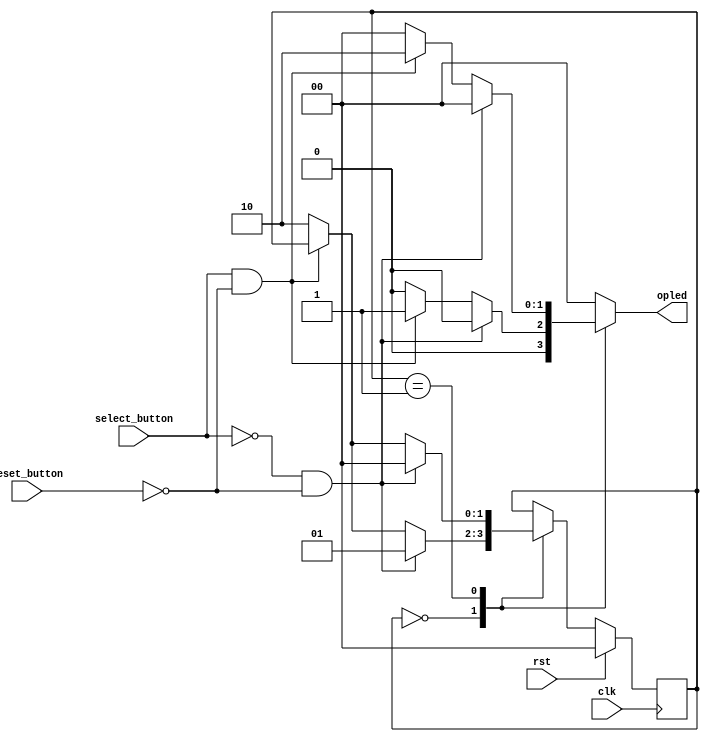
/*
   This file was generated automatically by Alchitry Labs version 1.2.1.
   Do not edit this file directly. Instead edit the original Lucid source.
   This is a temporary file and any changes made to it will be destroyed.
*/

module opLED_3 (
    input clk,
    input rst,
    input select_button,
    input reset_button,
    output reg [1:0] opled
  );
  
  
  
  localparam ADD_opstate = 2'd0;
  localparam SUB_opstate = 2'd1;
  localparam RESET_opstate = 2'd2;
  
  reg [1:0] M_opstate_d, M_opstate_q = ADD_opstate;
  
  always @* begin
    M_opstate_d = M_opstate_q;
    
    opled = 1'h0;
    
    case (M_opstate_q)
      ADD_opstate: begin
        if (select_button == 1'h0 && reset_button == 1'h0) begin
          M_opstate_d = SUB_opstate;
        end else begin
          if (select_button == 1'h1 && reset_button == 1'h0) begin
            opled = 1'h1;
          end else begin
            M_opstate_d = RESET_opstate;
          end
        end
      end
      SUB_opstate: begin
        if (select_button == 1'h0 && reset_button == 1'h0) begin
          M_opstate_d = ADD_opstate;
        end else begin
          if (select_button == 1'h1 && reset_button == 1'h0) begin
            opled = 4'ha;
          end else begin
            M_opstate_d = RESET_opstate;
          end
        end
      end
      RESET_opstate: begin
        opled = 1'h0;
      end
    endcase
  end
  
  always @(posedge clk) begin
    if (rst == 1'b1) begin
      M_opstate_q <= 1'h0;
    end else begin
      M_opstate_q <= M_opstate_d;
    end
  end
  
endmodule